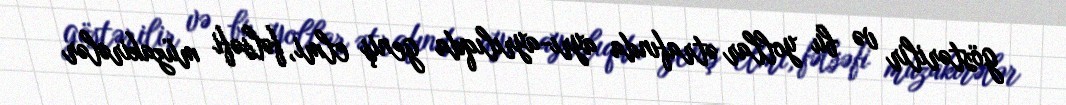
göstərilir və bu yollar ətrafında ayrı-ayrılıqda geniş elmi, fəlsəfi müzakirələr